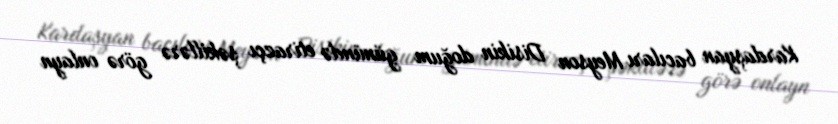
Kardaşyan bacıları Meyson Disikin doğum günündə etirazçı şəkillərə görə onlayn